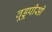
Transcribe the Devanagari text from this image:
वूडूपीसी